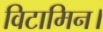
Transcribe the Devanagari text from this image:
विटामिन।